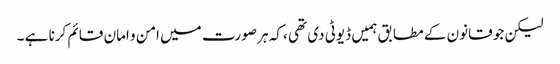
لیکن جو قانون کے مطابق ہمیں ڈیوٹی دی تھی ، کہ ہر صورت میں امن و امان قائم کرنا ہے ۔